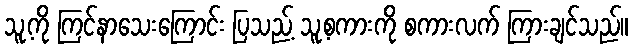
သူ့ကို ကြင်နာသေးကြောင်း ပြသည့် သူ့စကားကို စကားလက် ကြားချင်သည်။